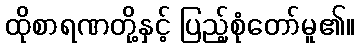
ထိုစာရဏတို့နှင့် ပြည့်စုံတော်မူ၏။